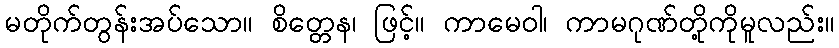
မတိုက်တွန်းအပ်သော။ စိတ္တေန၊ ဖြင့်။ ကာမေဝါ၊ ကာမဂုဏ်တို့ကိုမူလည်း။